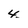
Character: 4